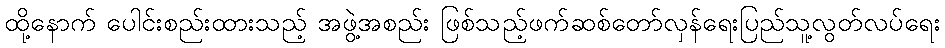
ထို့နောက် ပေါင်းစည်းထားသည့် အဖွဲ့အစည်း ဖြစ်သည့်ဖက်ဆစ်တော်လှန်ရေးပြည်သူ့လွတ်လပ်ရေး